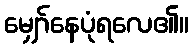
မျှော်နေပုံရလေ၏။